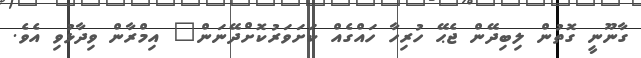
ގާނޫނީ ގޮތުން ލިބިދޭން ޖެޙޭ ހުރިހާ ހައްގެއް ކަށަވަރުކޮށްދޭނަން" އިމްރާން ވިދާޅުވި އެވެ.